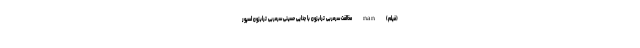
(فیلم) nan مخالفت سرمربی ترابزون با جدایی حسینی سرمربی ترابزون اسپور